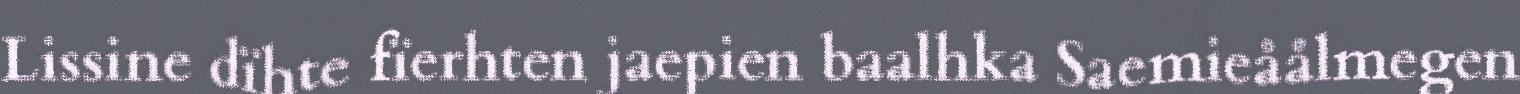
Lissine dïhte fïerhten jaepien baalhka Saemieåålmegen